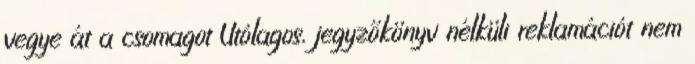
vegye át a csomagot Utólagos, jegyzőkönyv nélküli reklamációt nem